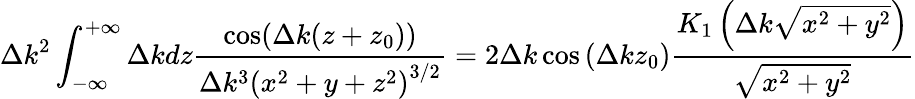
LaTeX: \Delta k^{2}\int_{-\infty}^{+\infty}\Delta kdz\frac{\cos(\Delta k(z+z_{0}))}{\Delta k^{3}\left(x^{2}+y+z^{2}\right)^{3/2}}=2\Delta k\cos\left(\Delta kz_{0}\right)\frac{K_{1}\left(\Delta k\sqrt{x^{2}+y^{2}}\right)}{\sqrt{x^{2}+y^{2}}}